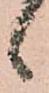
候